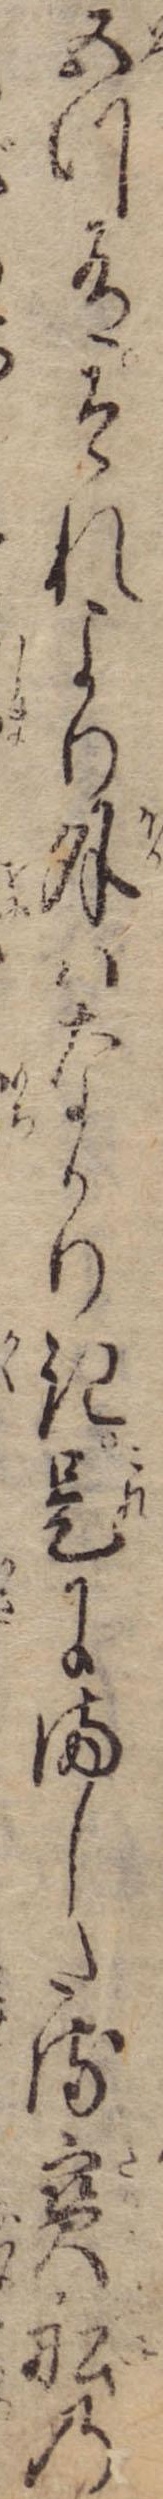
五つ有それより外はなかりき是にましたる宝船の